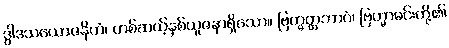
ဒွါဒသယောဇနိကံ၊ တစ်ဆယ့်နှစ်ယူဇနာရှိသော။ ဗြဟ္မတ္တဘာဝံ၊ ဗြဟ္မာမင်းတို့၏